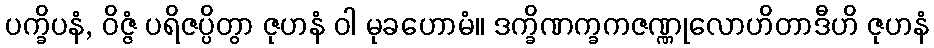
ပက္ခိပနံ, ဝိဇ္ဇံ ပရိဇပ္ပိတွာ ဇုဟနံ ဝါ မုခဟောမံ။ ဒက္ခိဏက္ခကဇဏ္ဏုလောဟိတာဒီဟိ ဇုဟနံ